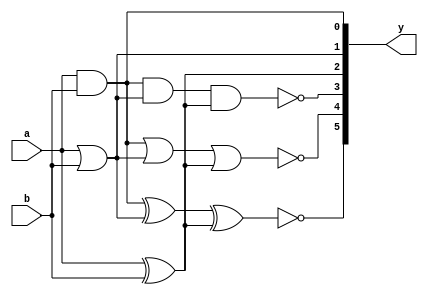
module foo2( input wire a, b, output wire [5:0] y); 

   // Input ports: 1-bit signals a, b
   // Output port: 6-bit  signal y. Can access individual bits as y[5], y[4], y[3], y[2], y[1], y[0].

   assign y[0] = a & b;  // AND
   assign y[1] = a | b;   // OR
   assign y[2] = a^b;    // XOR

   assign y[3] = ~(y[0] & y[1] & y[2]);   // 3-input NAND
   assign y[4] = ~(y[0] | y[1] | y[2]);   // 3-input NOR
   assign y[5] = ~(y[0] ^ y[1] ^ y[2]);   // 3-input XNOR

endmodule


module foo2_tb;                     // Testbench program will exercise module "foo2"  with input test vectors
   
   reg p, q;                        // Testbench variables used as inputs to "foo2" 
   wire [5:0] X;                    // Testbench variables used as outputs from "foo2"
 
   foo2  myFoo(p, q, X);            // Create an instance of "foo2" called "myFoo"
                                    // "myFoo" inputs driven by signals  p,q and its output drives 6-bit signal X
   
                                    // Signals p, q will be connected to input ports "a" and "b"
                                    // Output ports "y[i]" connected to signals "X[i]", i = 5, .., 0.
   initial begin
      p = 1'b0;
      q = 1'b0; 
      $display("Time\tp q\tAND OR XOR\tNAND NOR XNOR\n");
   end
   
   integer i; 
	 
   always @(*) begin
      for (i=0; i < 4; i= i+1)
	begin
	   #1; $display("%3d\t%x %x\t %x   %x  %x\t %x    %x    %x\n", $time, p, q, X[0], X[1], X[2], X[3], X[4], X[5]);
	   {p, q} = {p, q} + 1; // Cycle through inputs
	end
      $finish;
   end
endmodule // foo2_tb